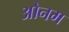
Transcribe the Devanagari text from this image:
ओनम